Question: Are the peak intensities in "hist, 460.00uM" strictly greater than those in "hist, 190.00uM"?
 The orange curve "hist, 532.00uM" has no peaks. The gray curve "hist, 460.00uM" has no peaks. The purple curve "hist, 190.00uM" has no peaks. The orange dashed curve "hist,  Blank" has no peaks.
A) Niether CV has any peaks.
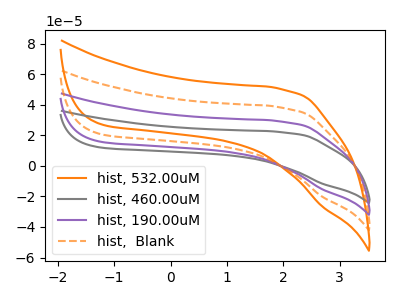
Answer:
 <answer>A) Niether CV has any peaks.</answer>
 <eval>A</eval>